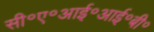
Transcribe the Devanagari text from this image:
सी॰ए॰आई॰आई॰बी॰